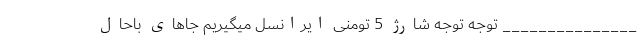
_______________ توجه توجه شارژ 5 تومنی ایرانسل میگیریم جاهای باحال